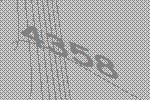
4358